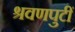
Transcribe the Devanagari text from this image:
श्रवणपुटीं